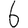
Digit: 6